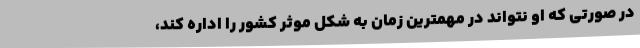
در صورتی که او نتواند در مهمترین زمان به شکل موثر کشور را اداره کند،